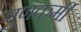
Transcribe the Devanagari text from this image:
गुणकर्मीं